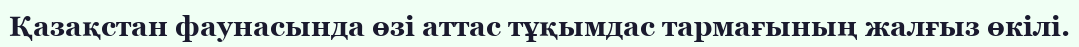
Қазақстан фаунасында өзі аттас тұқымдас тармағының жалғыз өкілі.